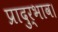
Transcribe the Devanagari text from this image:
प्रादुर्भाव।